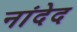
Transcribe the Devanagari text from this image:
नांदेद